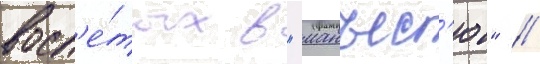
восп'е́тых в "манъес'ю" //